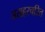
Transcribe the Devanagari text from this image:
जसहरचरित